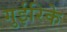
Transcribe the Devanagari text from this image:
गुईरिके